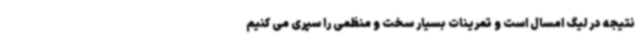
نتیجه در لیگ امسال است و تمرینات بسیار سخت و منظمی را سپری می کنیم